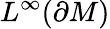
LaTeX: L^{\infty}(\partial M)